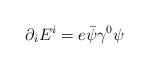
LaTeX: \begin{align*}\partial_i E^i = e {\bar \psi} \gamma^0 \psi\end{align*}